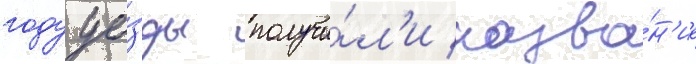
году уе́зды получи́л'и назва́н'ие